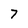
Character: 7